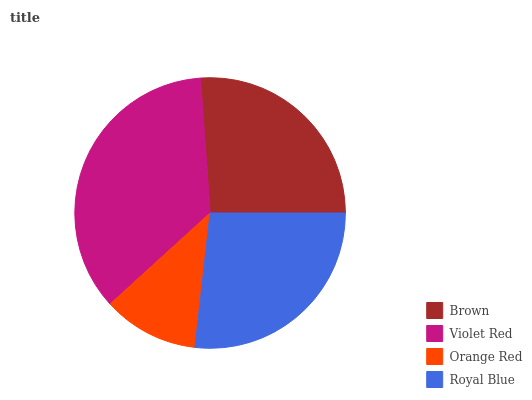
| Brown | Violet Red | Orange Red | Royal Blue |
 | --- | --- | --- | --- |
 | 26.1% | 35.7% | 11.5% | 26.8% |